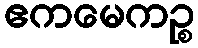
ဧကမေကဉ္စ